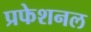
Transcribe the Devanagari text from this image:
प्रफेशनल